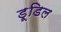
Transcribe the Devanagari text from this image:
डूडिल